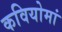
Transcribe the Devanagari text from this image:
कवियोमां